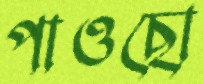
পাওছো